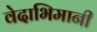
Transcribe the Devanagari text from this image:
वेदाभिमानी